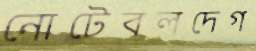
নোটেবলদেগ